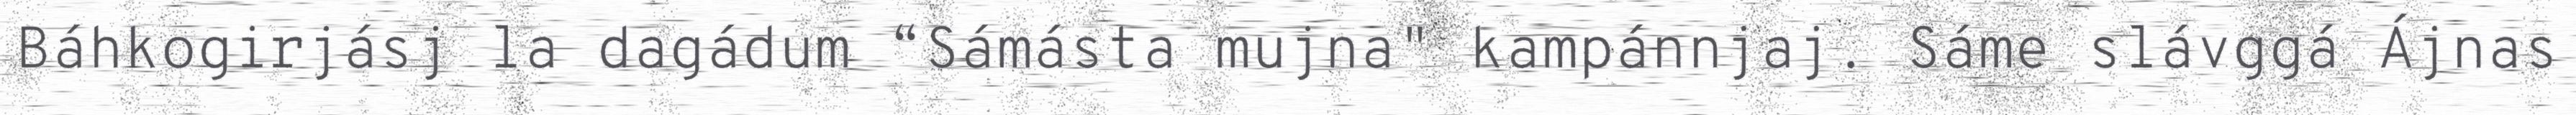
Báhkogirjásj la dagádum “Sámásta mujna" kampánnjaj. Sáme slávggá Ájnas